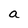
Character: a